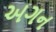
અગન